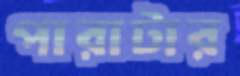
পারাটার